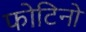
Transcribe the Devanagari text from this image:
फोटिनो